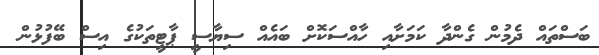
ބަސްތައް ދެމުން ގެންދާ ކަމަށާއި ހާއްސަކޮށް ބައެއް ސިޔާސީ ޕާޓީތަކުގެ އިސް ބޭފުޅުން